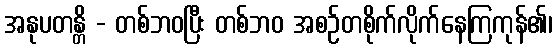
အနုပတန္တိ - တစ်ဘဝပြီး တစ်ဘဝ အစဉ်တစိုက်လိုက်နေကြကုန်၏၊